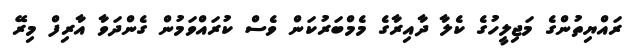
ރައްޔިތުންގެ މަޖިލީހުގެ ކެލާ ދާއިރާގެ މެމްބަރުކަން ވެސް ކުރައްވަމުން ގެންދަވާ އާރިފް މިރޭ